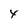
Character: 4